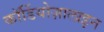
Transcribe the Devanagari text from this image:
कॉर्डियोज़ालाइन